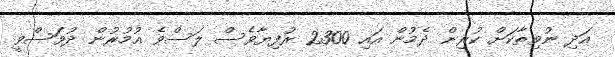
އަދި ނުވިތާކަށް ކުރިން ދެމުން އައި 2300 ރުފިޔާވެސް ލަސްވެ އުމުރުން ދުވަސްވީ